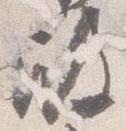
殿